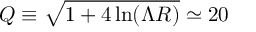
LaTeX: Q \equiv \sqrt { 1 + 4 \ln ( \Lambda R ) } \simeq 2 0